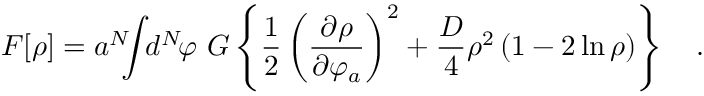
{ \cal F } [ \rho ] = a ^ { N } \! \! \! \int \! \! d ^ { N } \! \varphi \ G \left\{ { \frac { 1 } { 2 } } \left( { \frac { \partial \rho } { \partial \varphi _ { a } } } \right) ^ { 2 } + { \frac { D } { 4 } } \rho ^ { 2 } \left( 1 - 2 \ln \rho \right) \right\} \quad .